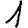
Digit: 1